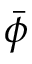
\bar { \phi }